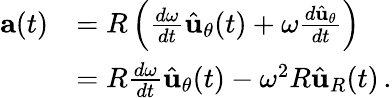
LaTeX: {\begin{array}{rl}{\mathbf{a}(t)}&{=R\left({\frac{d\omega}{dt}}{\hat{\mathbf{u}}}_{\theta}(t)+\omega{\frac{d{\hat{\mathbf{u}}}_{\theta}}{dt}}\right)}\\ &{=R{\frac{d\omega}{dt}}{\hat{\mathbf{u}}}_{\theta}(t)-\omega^{2}R{\hat{\mathbf{u}}}_{R}(t)\, .}\end{array}}